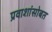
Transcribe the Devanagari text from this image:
प्रवाशांसोबत